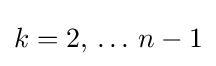
k=2,\,\dots \,n-1